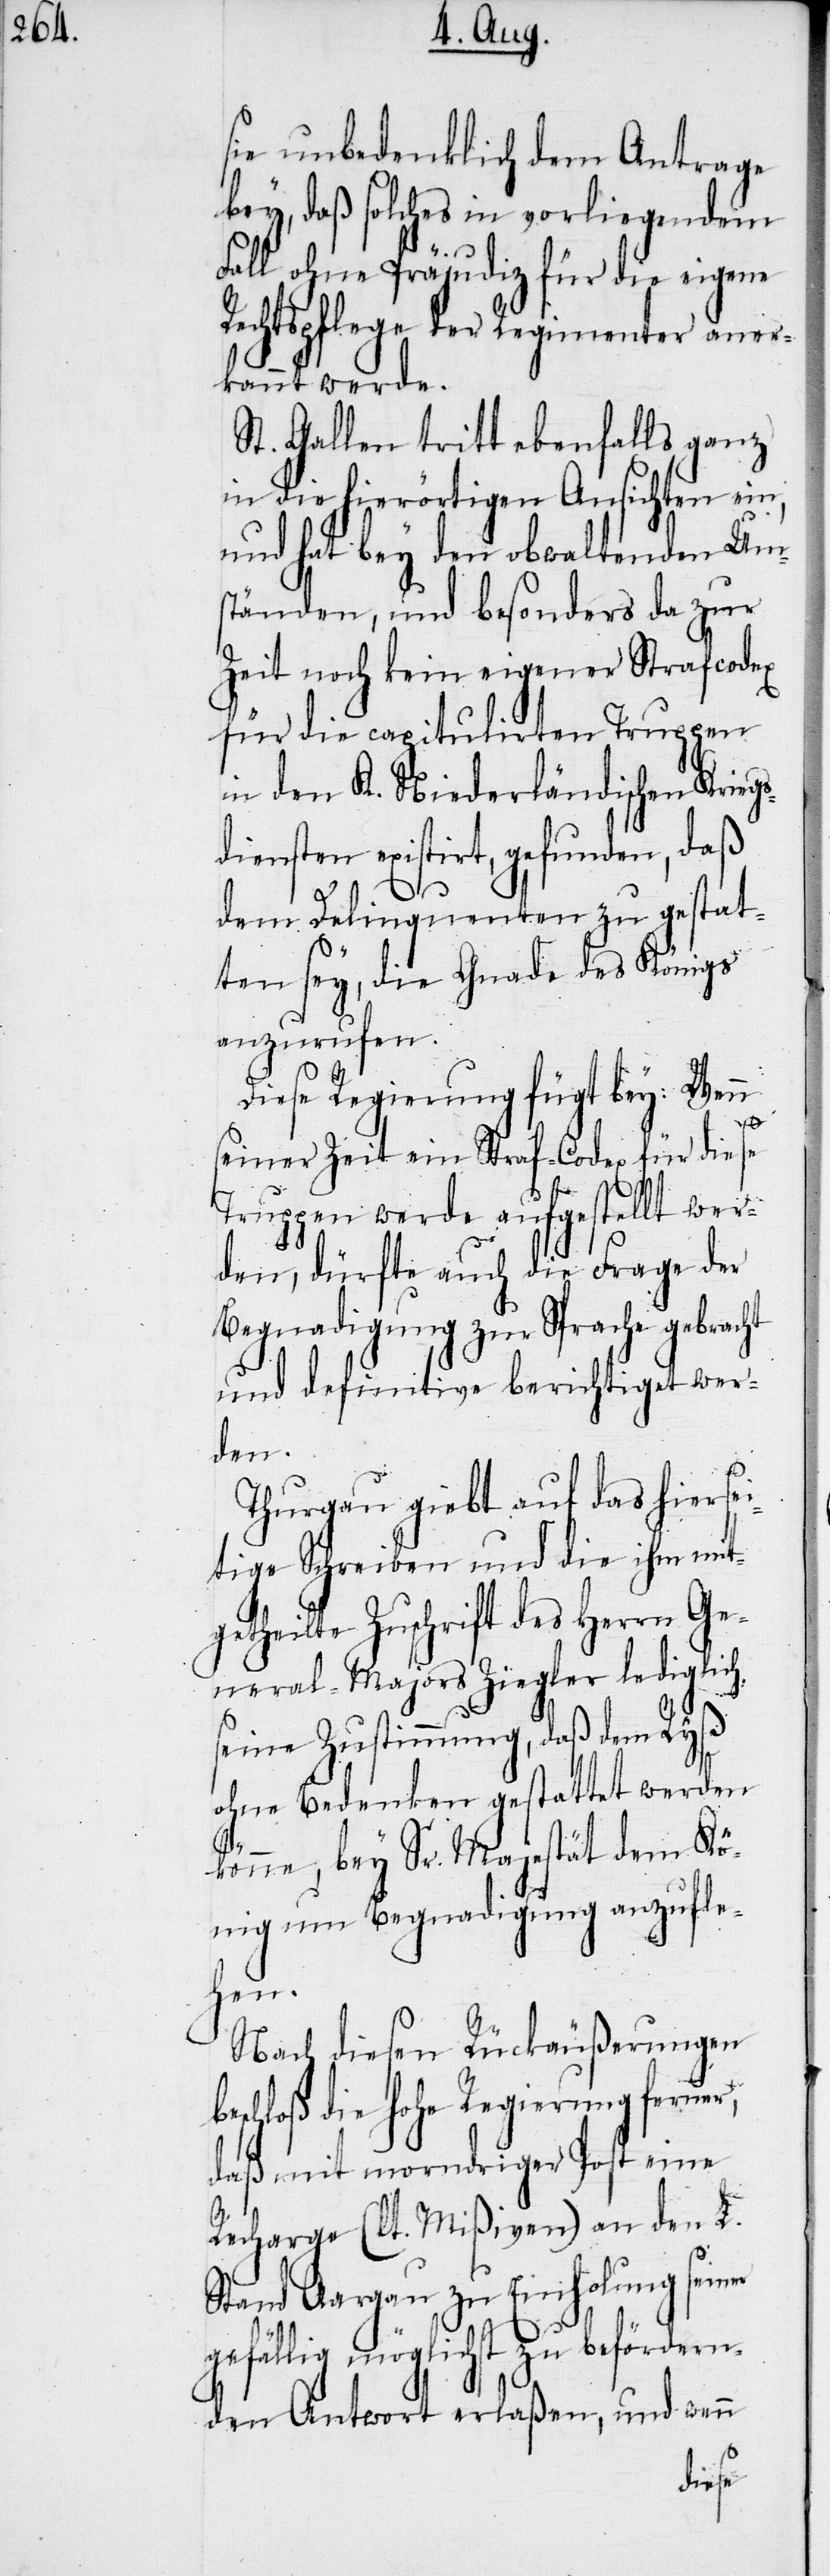
sie unbedenklich dem Antrage
bey, daß solches in vorliegendem
Fall ohne Präjudiz für die eigene
Rechtspflege der Regimenter aner¬
kannt werde.
St. Gallen tritt ebenfalls ganz
in die hierörtigen Ansichten ein,
und hat bey den obwaltenden Ums¬
tänden, und besonders da zur
Zeit noch kein eigener Strafcodex
für die capitulirten Truppen
in den K. Niederländischen Krieg¬
diensten existirt, gefunden, daß
dem Delinquenten zu gestat¬
ten sey, die Gnade des Königs
anzurufen.
Diese Regierung fügt bey: Wenn
b¬
seiner Zeit ein Straf-Codex für diese
Truppen werde aufgestellt wer¬
den, dürfte auch die Frage der
Begnadigung zur Sprache gebracht
und definitive berichtiget wer¬
den.
Thurgau giebt auf das hiersei¬
tige Schreiben und die ihm mit¬
getheilte Zuschrift des Herrn Ge¬
neral-Majors Ziegler lediglich
seine Zustimmung, daß dem Ryß
ohne Bedenken gestattet werden
könne, bey Sr. Majestät dem Kö¬
nig um Begnadigung anzufle¬
hen.
Nach diesen Rückäußerungen
eschloß die hohe Regierung ferner,
daß mit morndriger Post eine
Recharge (lt. Mißiven) an den L.
Stand Aargau zu Einholung seiner
gefällig möglichst zu befördern¬
den Antwort erlaßen, und wenn